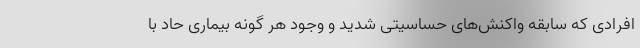
افرادی که سابقه واکنش‌های حساسیتی شدید و وجود هر گونه بیماری حاد با